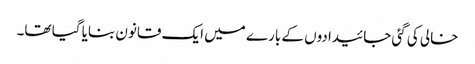
خالی کی گئی جائیدادوں کے بارے میں ایک قانون بنایا گیا تھا۔